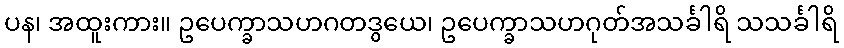
ပန၊ အထူးကား။ ဥပေက္ခာသဟဂတဒွယေ၊ ဥပေက္ခာသဟဂုတ်အသင်္ခါရိ သသင်္ခါရိ